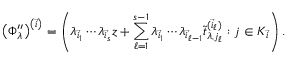
\left( \Phi _ { \lambda } ^ { \prime \prime } \right) ^ { \left( \vec { i } \right) } = \left( \lambda _ { \vec { i } _ { 1 } } \cdots \lambda _ { \vec { i } _ { s } } z + \sum _ { \ell = 1 } ^ { s - 1 } \lambda _ { \vec { i } _ { 1 } } \cdots \lambda _ { \vec { i } _ { \ell - 1 } } \widetilde { t } _ { \lambda , j _ { \ell } } ^ { ( \vec { i } _ { \ell } ) } : j \in K _ { \vec { i } } \right) .